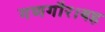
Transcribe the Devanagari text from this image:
गणगौर।यह